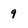
Character: 9